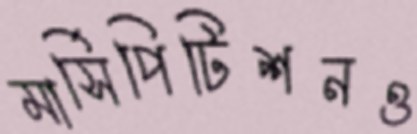
মার্সিপিটিশনও